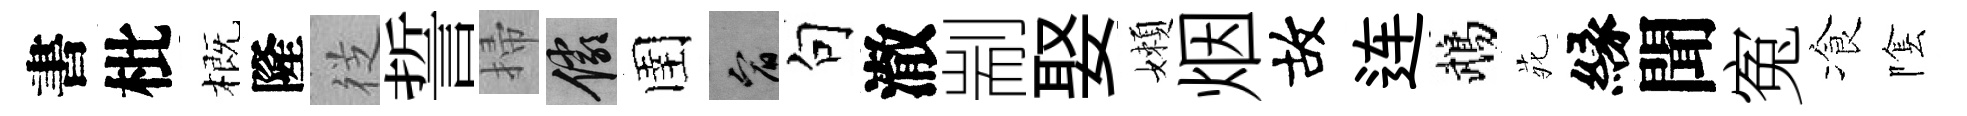
書枇概隆徔誓掃儼圉宥句澈剬娶嬾烟故连鵡𫟍縁聞寃飡隂